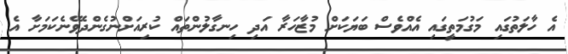
އެ ހާލަތުގައި މަގުމަތީގައި އެއްވެސް ބަޔަކަށް މުޒާހަރާ އަދި ހިނގާލުންތައް ކުރިއަށްނުގެންދެވޭނެކަމަށާ އެ